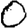
Digit: 0